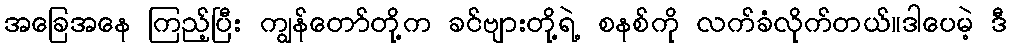
အခြေအနေ ကြည့်ပြီး ကျွန်တော်တို့က ခင်ဗျားတို့ရဲ့ စနစ်ကို လက်ခံလိုက်တယ်။ဒါပေမဲ့ ဒီ